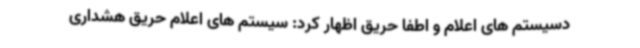
دسیستم های اعلام و اطفا حریق اظهار کرد: سیستم های اعلام حریق هشداری